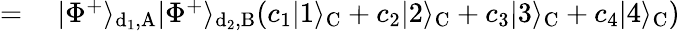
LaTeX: \begin{array}{rl}{=}&{{}~|\Phi^{+}\rangle_{\mathrm{d_{1},A}}|\Phi^{+}\rangle_{\mathrm{d_{2},B}}(c_{1}|1\rangle_{\mathrm{C}}+c_{2}|2\rangle_{\mathrm{C}}+c_{3}|3\rangle_{\mathrm{C}}+c_{4}|4\rangle_{\mathrm{C}})}\end{array}